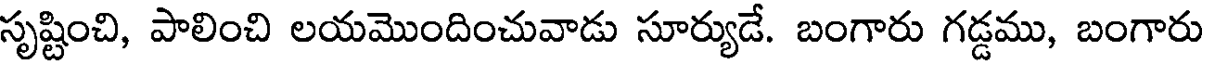
సృష్టించి, పాలించి లయమొందించువాడు సూర్యుడే. బంగారు గడ్డము, బంగారు